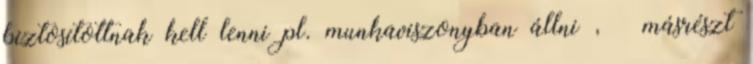
biztosítottnak kell lenni pl. munkaviszonyban állni , – másrészt